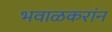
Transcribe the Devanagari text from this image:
भवाळकरांन